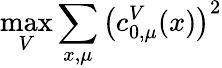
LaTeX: \operatorname*{max}_{V}\sum_{x,\mu}\left(c_{0,\mu}^{V}(x)\right)^{2}